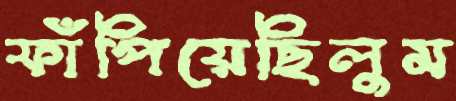
ফাঁপিয়েছিলুম